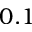
0 . 1